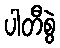
ပါတီစွဲ